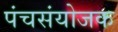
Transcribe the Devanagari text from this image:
पंचसंयोजक